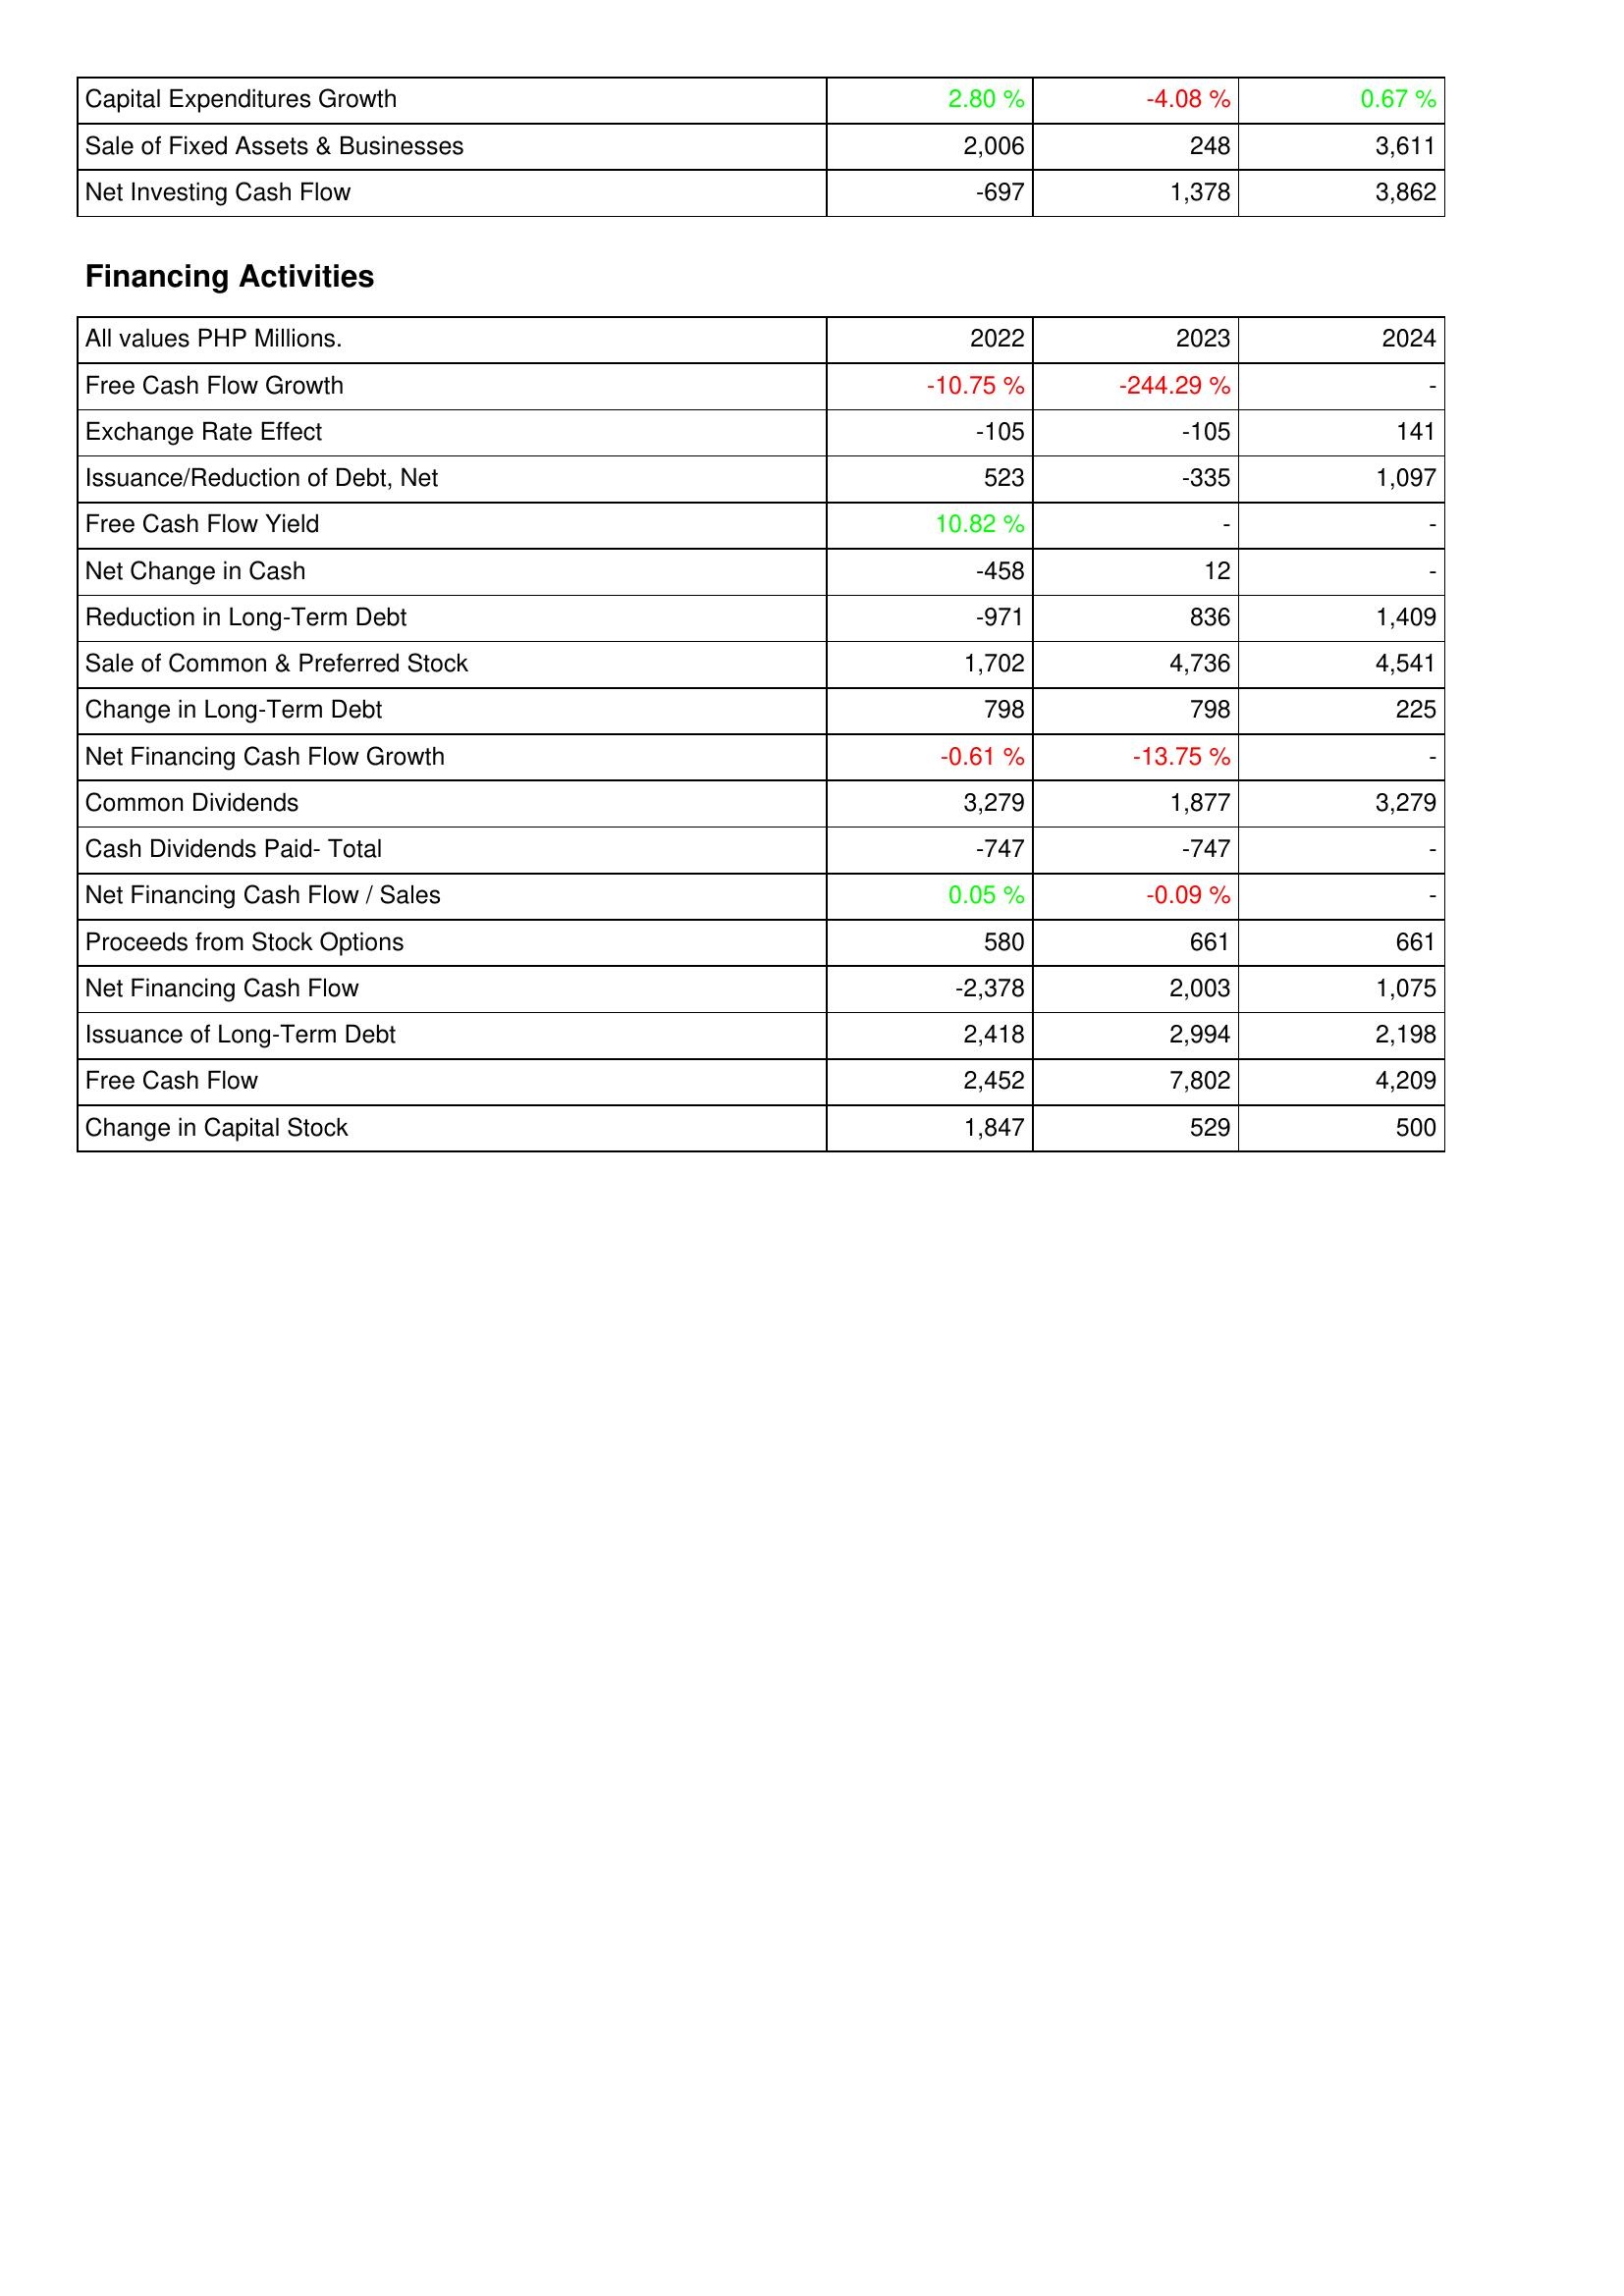
2022: Investing Activities: Capital Expenditures Growth: 2.80 %
Sale of Fixed Assets & Businesses: 2,006
Net Investing Cash Flow: -697
Financing Activities: Free Cash Flow Growth: -10.75 %
Exchange Rate Effect: -105
Issuance/Reduction of Debt, Net: 523
Free Cash Flow Yield: 10.82 %
Net Change in Cash: -458
Reduction in Long-Term Debt: -971
Sale of Common & Preferred Stock: 1,702
Change in Long-Term Debt: 798
Net Financing Cash Flow Growth: -0.61 %
Common Dividends: 3,279
Cash Dividends Paid- Total: -747
Net Financing Cash Flow / Sales: 0.05 %
Proceeds from Stock Options: 580
Net Financing Cash Flow: -2,378
Issuance of Long-Term Debt: 2,418
Free Cash Flow: 2,452
Change in Capital Stock: 1,847
2023: Investing Activities: Capital Expenditures Growth: -4.08 %
Sale of Fixed Assets & Businesses: 248
Net Investing Cash Flow: 1,378
Financing Activities: Free Cash Flow Growth: -244.29 %
Exchange Rate Effect: -105
Issuance/Reduction of Debt, Net: -335
Free Cash Flow Yield: -
Net Change in Cash: 12
Reduction in Long-Term Debt: 836
Sale of Common & Preferred Stock: 4,736
Change in Long-Term Debt: 798
Net Financing Cash Flow Growth: -13.75 %
Common Dividends: 1,877
Cash Dividends Paid- Total: -747
Net Financing Cash Flow / Sales: -0.09 %
Proceeds from Stock Options: 661
Net Financing Cash Flow: 2,003
Issuance of Long-Term Debt: 2,994
Free Cash Flow: 7,802
Change in Capital Stock: 529
2024: Investing Activities: Capital Expenditures Growth: 0.67 %
Sale of Fixed Assets & Businesses: 3,611
Net Investing Cash Flow: 3,862
Financing Activities: Free Cash Flow Growth: -
Exchange Rate Effect: 141
Issuance/Reduction of Debt, Net: 1,097
Free Cash Flow Yield: -
Net Change in Cash: -
Reduction in Long-Term Debt: 1,409
Sale of Common & Preferred Stock: 4,541
Change in Long-Term Debt: 225
Net Financing Cash Flow Growth: -
Common Dividends: 3,279
Cash Dividends Paid- Total: -
Net Financing Cash Flow / Sales: -
Proceeds from Stock Options: 661
Net Financing Cash Flow: 1,075
Issuance of Long-Term Debt: 2,198
Free Cash Flow: 4,209
Change in Capital Stock: 500